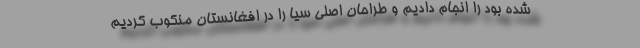
شده بود را انجام دادیم و طراحان اصلی سیا را در افغانستان منکوب کردیم